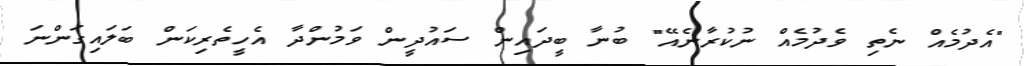
"އެދުމެއް ނެތި ވެދުމެއް ނުކުރާނެއޭ" ބުނާ ބީދައިން ސައުދީން ވަމުންދާ އެހީތެރިކަން ބަލައިގަންނަ